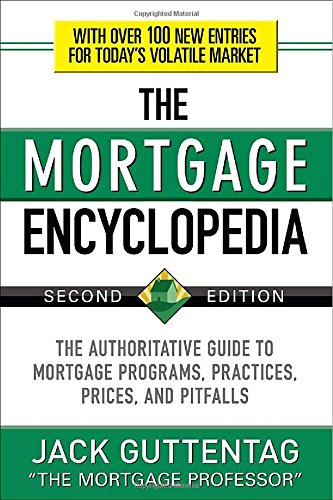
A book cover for The Mortgage Encyclopedia: The Authoritative Guide to Mortgage Programs, Practices, Prices and Pitfalls, Second Edition; Jack Guttentag; Business & Money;